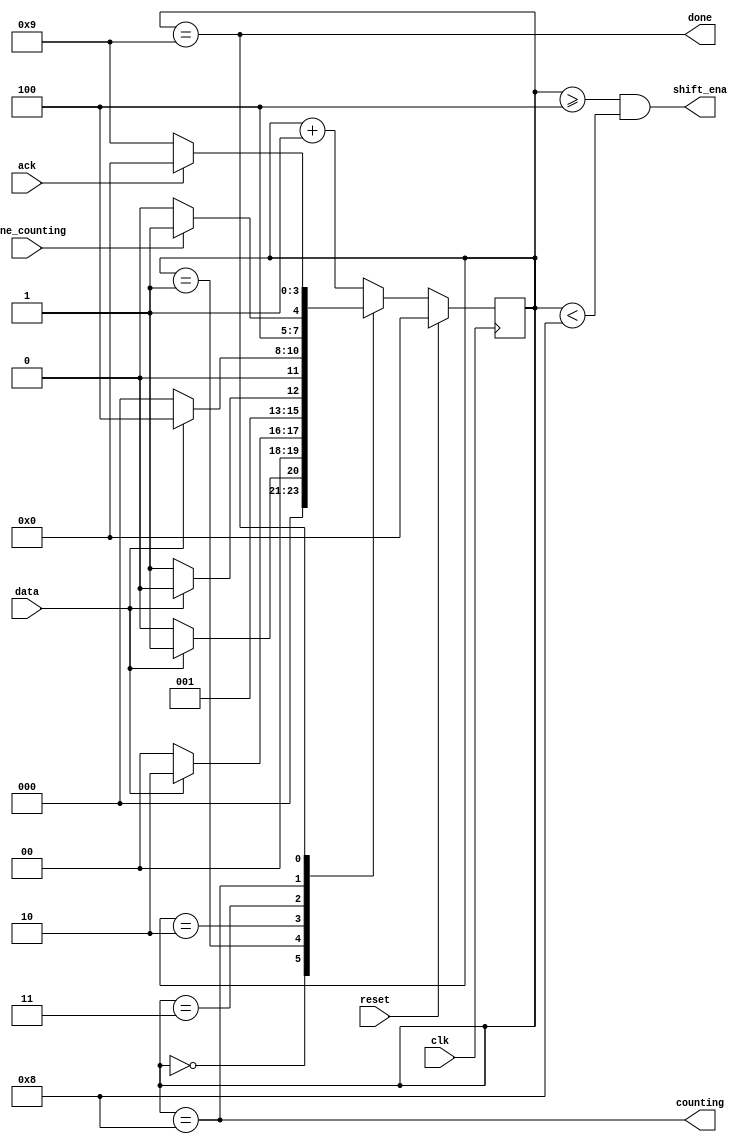
module top_module (
    input clk,
    input reset,      // Synchronous reset
    input data,
    output shift_ena,
    output counting,
    input done_counting,
    output done,
    input ack 
);

    parameter SEARCH1=0, SEARCH2=1, SEARCH3=2, SEARCH4=3, SHIFT=4, COUNT=8, DONE=9;
    
    reg [3:0] state, next_state;
    
    always @(posedge clk) begin
        if (reset) state <= SEARCH1;
        else state <= next_state;
    end
    
    always @(*) begin
        case (state)
            SEARCH1: next_state = data ? SEARCH2 : SEARCH1;
            SEARCH2: next_state = data ? SEARCH3 : SEARCH1;
            SEARCH3: next_state = data ? SEARCH3 : SEARCH4;
            SEARCH4: next_state = data ? SHIFT : SEARCH1;
            COUNT: next_state = done_counting ? DONE : COUNT;
            DONE: next_state = ack ? SEARCH1 : DONE;
            default: next_state = state + 1;
        endcase
    end
    
    assign shift_ena = state >= SHIFT && state < COUNT;
    assign counting = state == COUNT;
    assign done = state == DONE;
endmodule